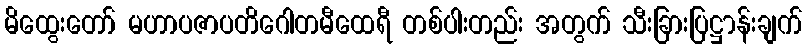
မိထွေးတော် မဟာပဇာပတိဂေါတမီထေရီ တစ်ပါးတည်း အတွက် သီးခြားပြဋ္ဌာန်းချက်